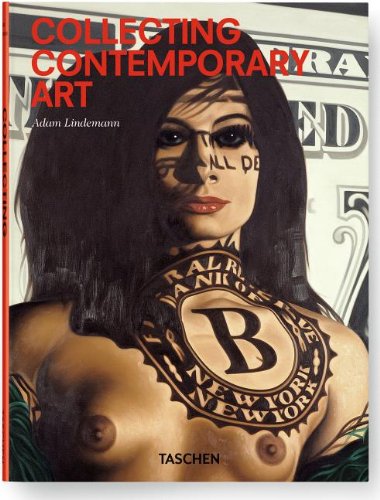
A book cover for Collecting Contemporary Art; Adam Lindemann; Arts & Photography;